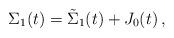
LaTeX: \begin{align*}\Sigma_1(t)=\tilde{\Sigma}_1(t)+J_0(t)\,,\end{align*}